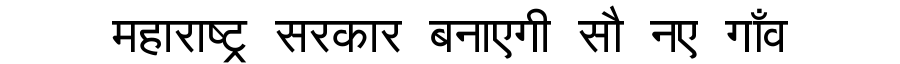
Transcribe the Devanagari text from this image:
महाराष्ट्र सरकार बनाएगी सौ नए गाँव